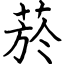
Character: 菸